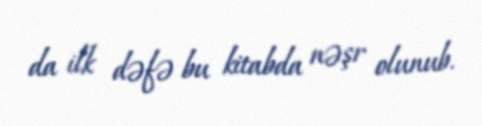
da ilk dəfə bu kitabda nəşr olunub.